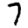
Digit: 7